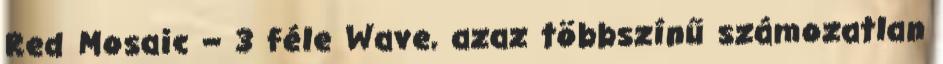
Red Mosaic – 3 féle Wave, azaz többszínű számozatlan